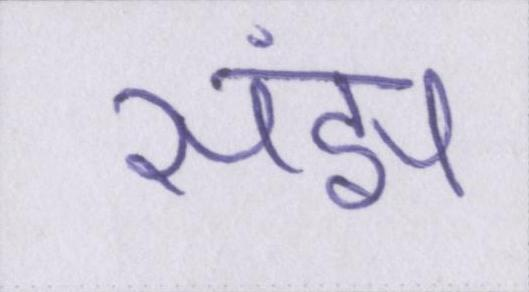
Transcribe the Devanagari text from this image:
संझ